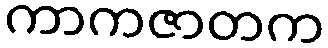
ကာကဇာတက